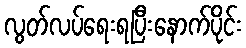
လွတ်လပ်ရေးရပြီးနောက်ပိုင်း